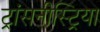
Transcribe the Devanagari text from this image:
ट्रांसनीस्ट्रिया